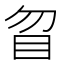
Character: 䀜